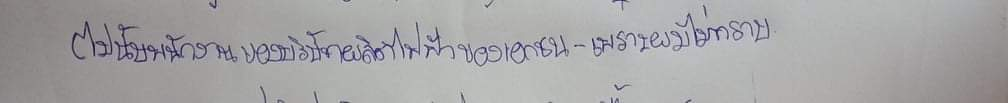
(ไม่นับพนักงานของบริษัทผลิตไฟฟ้าของเอกชน-เพราะผมไม่ทราบ